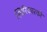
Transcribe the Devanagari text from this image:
स्थिरिकारको